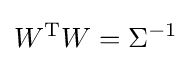
W^{\mathrm {T} }W=\Sigma ^{-1}